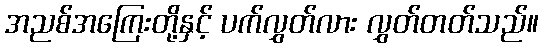
အညစ်အကြေးတို့နှင့် ပက်လွှတ်လား လွှတ်တတ်သည်။